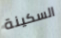
السكينة